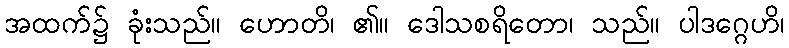
အထက်၌ ခုံးသည်။ ဟောတိ၊ ၏။ ဒေါသစရိတော၊ သည်။ ပါဒဂ္ဂေဟိ၊